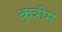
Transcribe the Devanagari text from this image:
कृत्रीम